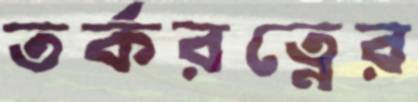
তর্করত্নের